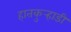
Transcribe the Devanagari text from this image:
हातकुर्‍हाडी